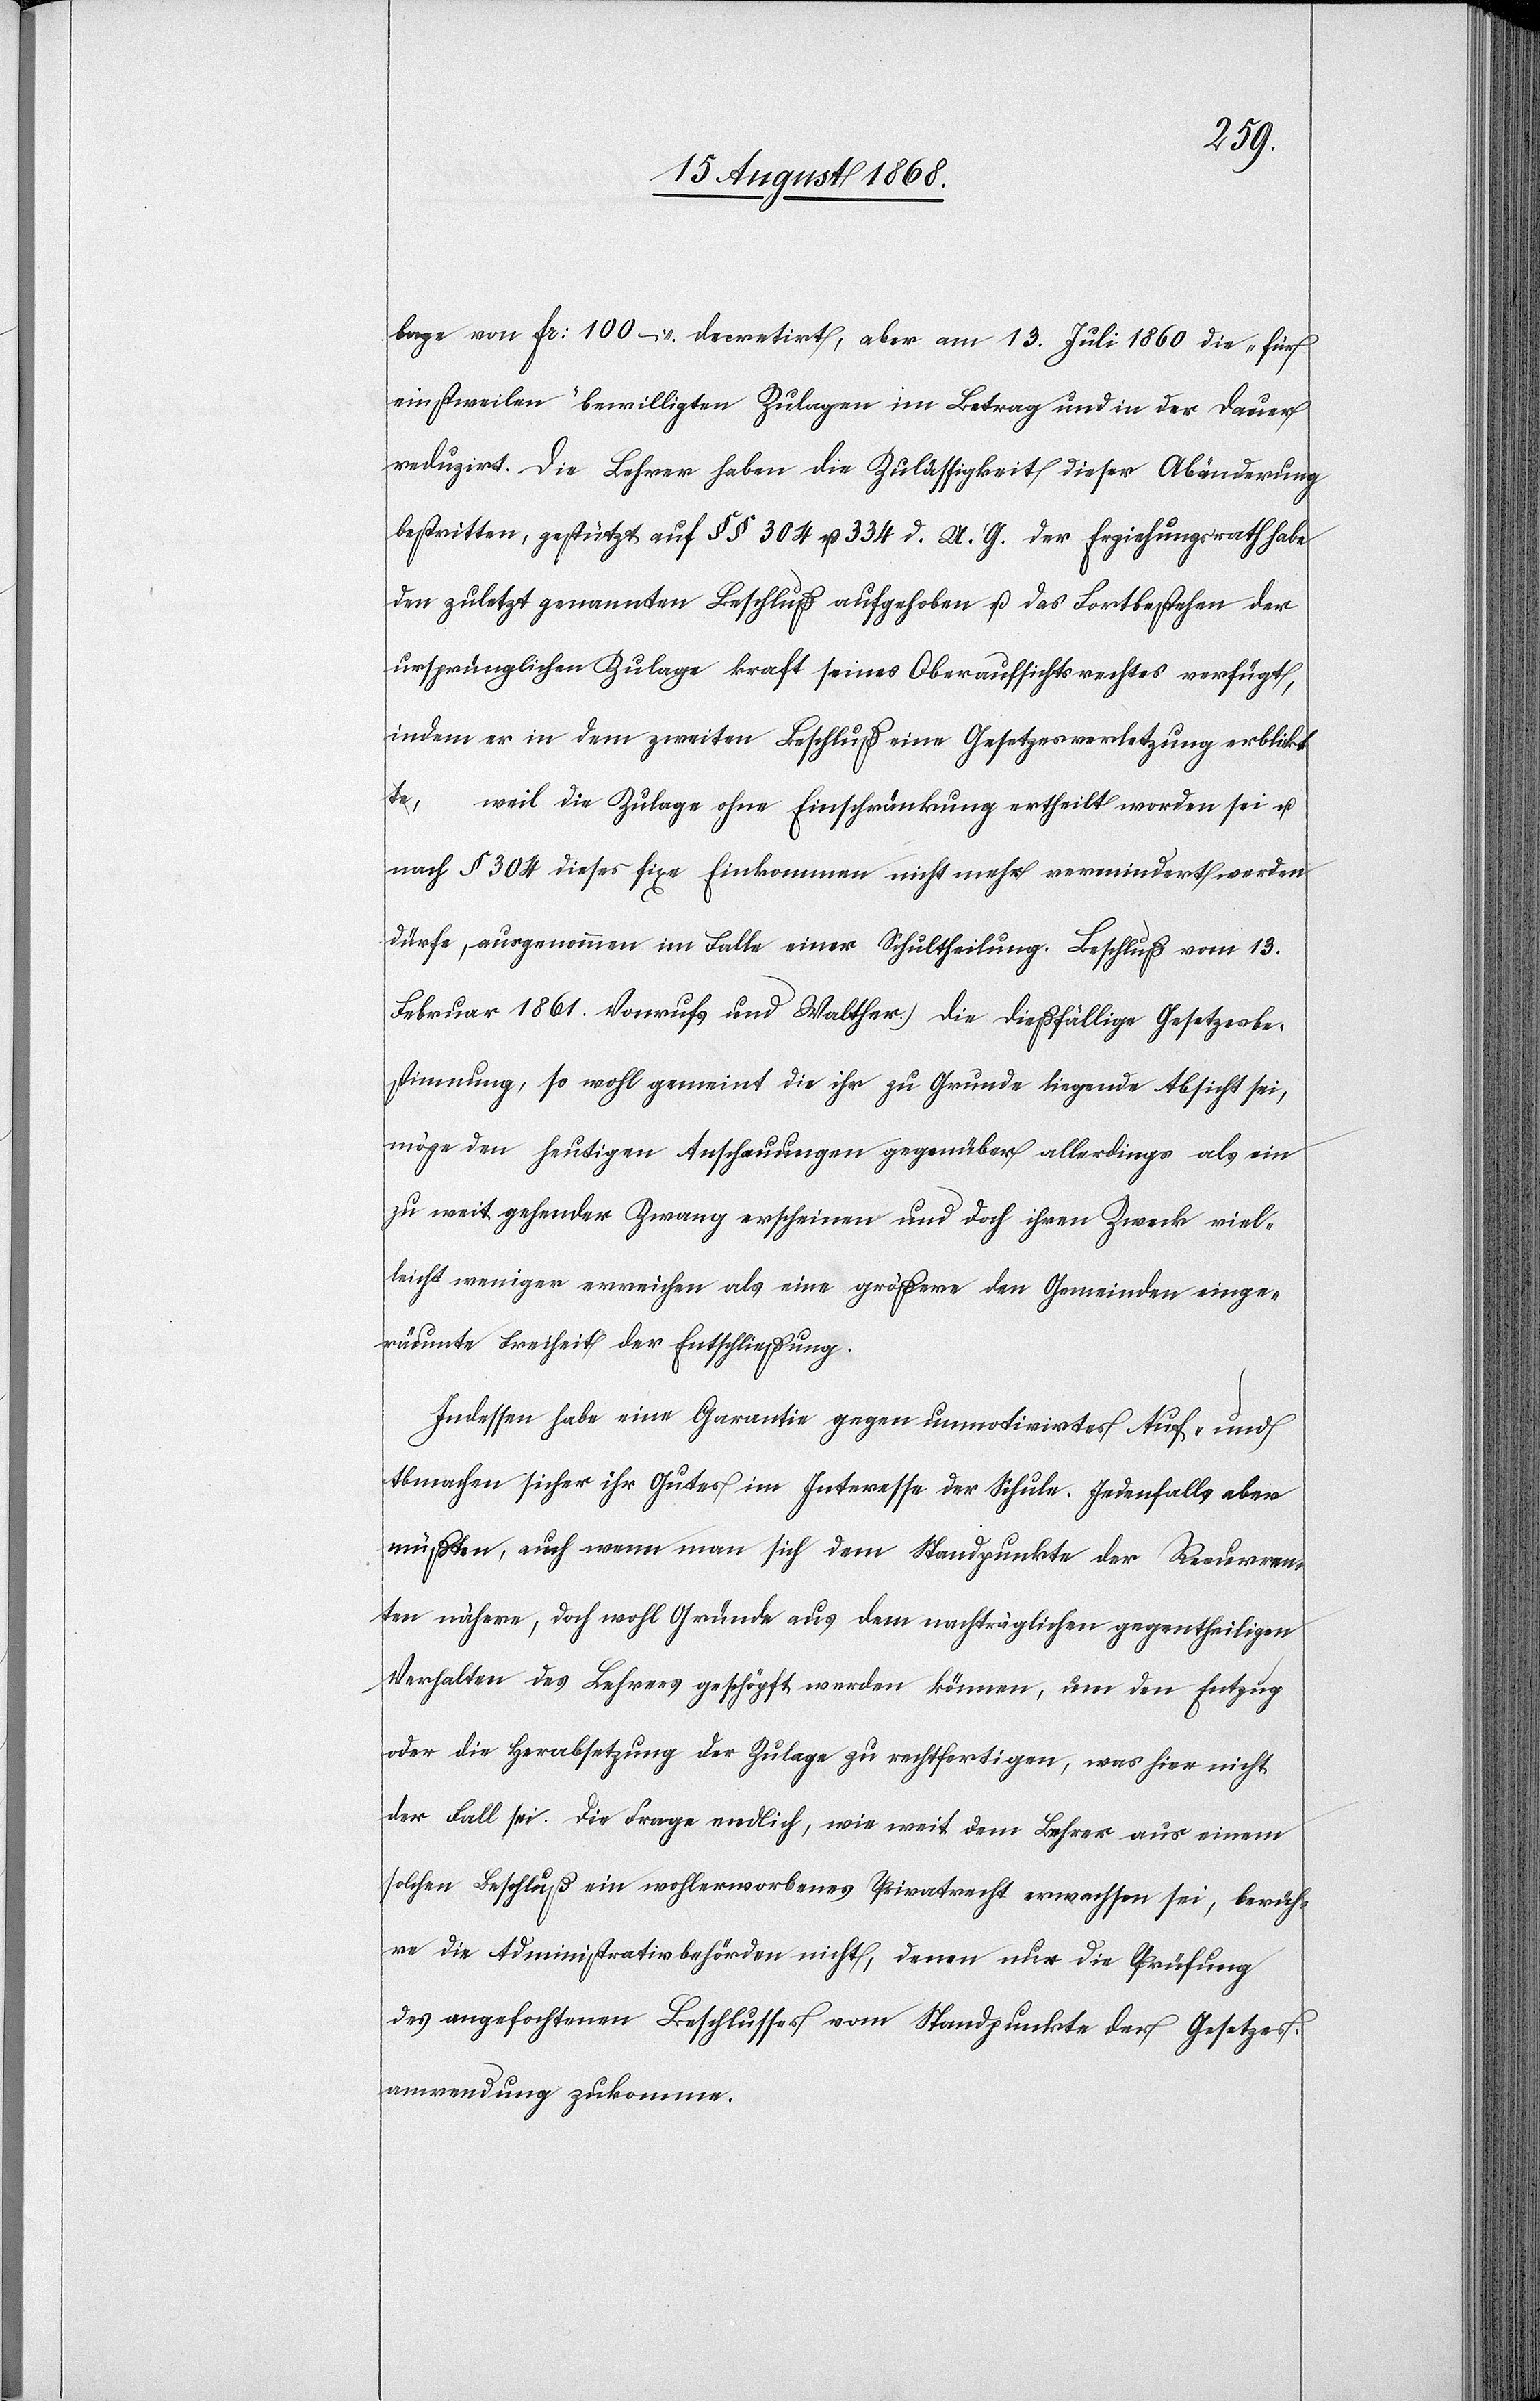
lage von Fr: 100 – decretirt, aber am 13. Juli 1860 die „für
einstweilen“ bewilligten Zulagen im Betrag und in der Dauer
reduzirt. Die Lehrer haben die Zulässigkeit dieser Abänderung
bestritten, gestützt auf §§ 304 u. 334 d. U. G. der Erziehungsrath habe
den zuletzt genannten Beschluß aufgehoben u. das Fortbestehen der
ursprünglichen Zulage kraft seines Oberaufsichtsrechtes verfügt,
indem er in dem zweiten Beschluß eine Gesetzesverletzung erblikta-t¬
e-a, … weil die Zulage ohne Einschränkung ertheilt worden sei u.
nach § 304 dieses fixe Einkommen nicht mehr vermindert werden
dürfe, ausgenommen im Falle einer Schultheilung. [(]Beschluß vom 13.
Februar 1861. Vonrufs und Walther.) Die dießfällige Gesetzesbe¬
stimmung, so wohl gemeint die ihr zu Grunde liegende Absicht sei,
möge den heutigen Anschauungen gegenüber allerdings als ein
zu weit gehender Zwang erscheinen und doch ihren Zweck viel¬
leicht weniger erreichen als eine größere den Gemeinden einge¬
räumte Freiheit der Entschließung.
Indessen habe eine Garantie gegen unmotivirtes Auf- und
Abmachen sicher ihr Gutes im Interesse der Schule. Jedenfalls aber
müßten, auch wenn man sich dem Standpunkte der Recurren¬
ten nähere, doch wohl Gründe aus dem nachträglichen gegentheiligen
Verhalten des Lehrers geschöpft werden können, um den Entzug
oder die Herabsetzung der Zulage zu rechtfertigen, was hier nicht
der Fall sei. Die Frage endlich, wie weit dem Lehrer aus einem
solchen Beschluß ein wohlerworbenes Privatrecht erwachsen sei, berüh¬
re die Administrativbehörden nicht, denen nur die Prüfung
des angefochtenen Beschlusses vom Standpunkte der Gesetzes¬
anwendung zukomme.